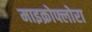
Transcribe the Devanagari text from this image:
माइक्रोफ्लोरा